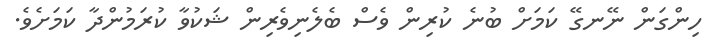
ހިންގަން ނޭނގޭ ކަމަށް ބުނެ ކުރިން ވެސް ބެލެނިވެރިން ޝަކުވާ ކުރަމުންދާ ކަމަށެވެ.